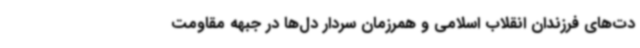
دت‌های فرزندان انقلاب اسلامی و همرزمان سردار دل‌ها در جبهه مقاومت